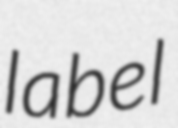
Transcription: label